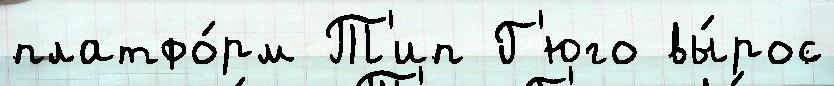
платфо́рм Т'ип Г'юго вы́рос